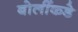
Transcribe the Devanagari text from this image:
बोलींकडे